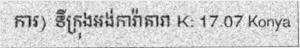
ការ) ទីក្រុងអង់ការ៉ាតារា K: 17.07 Konya